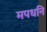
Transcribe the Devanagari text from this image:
मपधनि